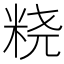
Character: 𱸼